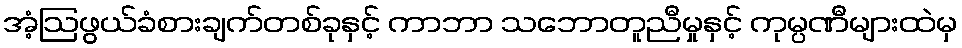
အံ့ဩဖွယ်ခံစားချက်တစ်ခုနှင့် ကာဘာ သဘောတူညီမှုနှင့် ကုမ္ပဏီများထဲမှ